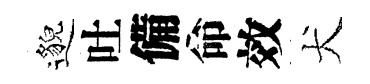
邈吐備命效犬